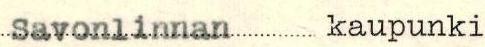
Savonlinnan kaupunki